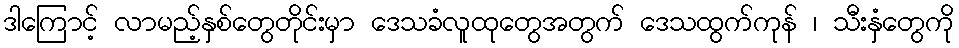
ဒါကြောင့် လာမည့်နှစ်တွေတိုင်းမှာ ဒေသခံလူထုတွေအတွက် ဒေသထွက်ကုန် ၊ သီးနှံတွေကို